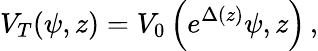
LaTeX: V_{T}(\psi,z)=V_{0}\left(e^{\Delta(z)}\psi,z\right)\, ,